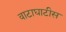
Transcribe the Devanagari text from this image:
वाटाघाटीस